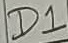
Text: D1